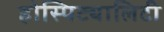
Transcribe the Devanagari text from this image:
होस्पिट्यालिटी